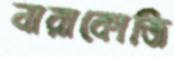
নারাকোজি